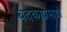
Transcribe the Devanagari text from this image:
बदकाप्रमाणे